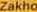
Zakho